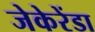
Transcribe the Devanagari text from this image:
जेकेरेंडा